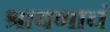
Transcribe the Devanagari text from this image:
श्रावणाचं